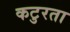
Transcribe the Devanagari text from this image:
कटुरता